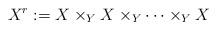
LaTeX: \begin{align*}X^r :=X\times_Y X \times_Y\cdots \times_Y X\end{align*}